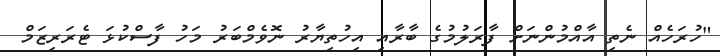
"ހުރަހެއް ނެތި އާއްމުންނަށް ފާރަލުމުގެ ބާރާއި އިހުތިޔާރު ނޮވެމްބަރު މަހު ފާސްކުޅަ ޓެރަރިޒަމް